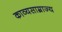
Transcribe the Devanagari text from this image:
काव्यसाम्राज्य